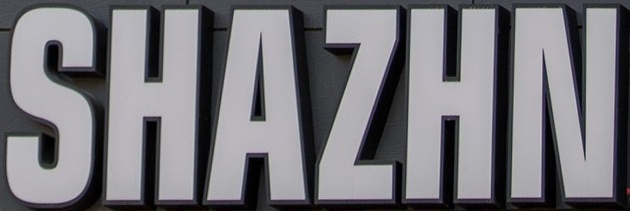
SHAZHN